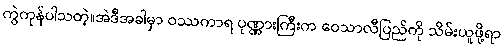
ကွဲကုန်ပါသတဲ့။အဲဒီအခါမှာ ဝဿကာရ ပုဏ္ဏားကြီးက ဝေသာလီပြည်ကို သိမ်းယူဖို့ရာ